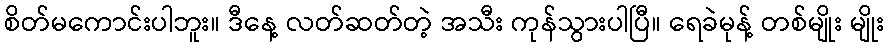
စိတ်မကောင်းပါဘူး။ ဒီနေ့ လတ်ဆတ်တဲ့ အသီး ကုန်သွားပါပြီ။ ရေခဲမုန့် တစ်မျိုး မျိုး